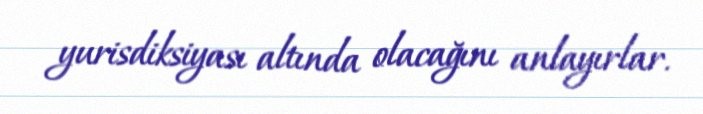
yurisdiksiyası altında olacağını anlayırlar.